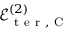
\mathcal { E } _ { \mathrm { ~ t ~ e ~ r ~ } , \mathrm { ~ C ~ } } ^ { ( 2 ) }